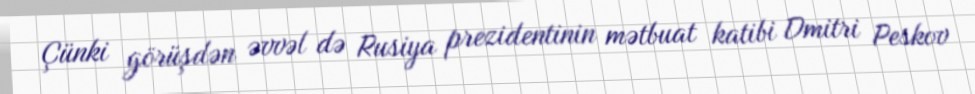
Çünki görüşdən əvvəl də Rusiya prezidentinin mətbuat katibi Dmitri Peskov